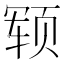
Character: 𬱢